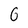
Character: G